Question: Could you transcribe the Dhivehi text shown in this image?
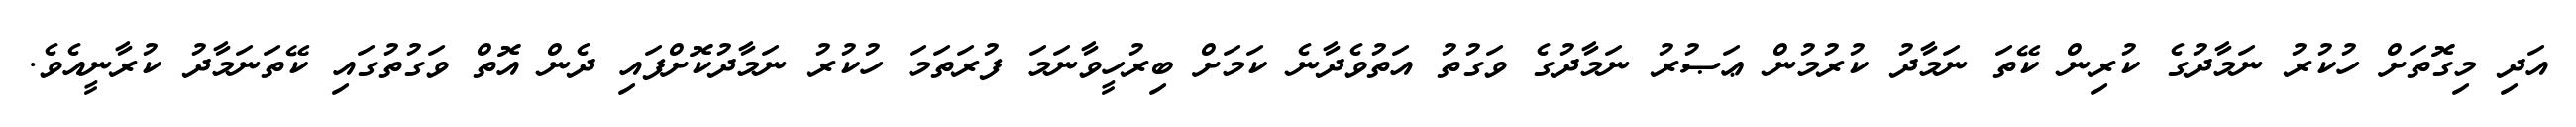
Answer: އަދި މިގޮތަށް ހުކުރު ނަމާދުގެ ކުރިން ކޭތަ ނަމާދު ކުރުމުން ޢަޞުރު ނަމާދުގެ ވަގުތު އަތުވެދާނެ ކަމަށް ބިރުހީވާނަމަ ފުރަތަމަ ހުކުރު ނަމާދުކޮށްފައި ދެން އޮތް ވަގުތުގައި ކޭތަނަމާދު ކުރާނީއެވެ.